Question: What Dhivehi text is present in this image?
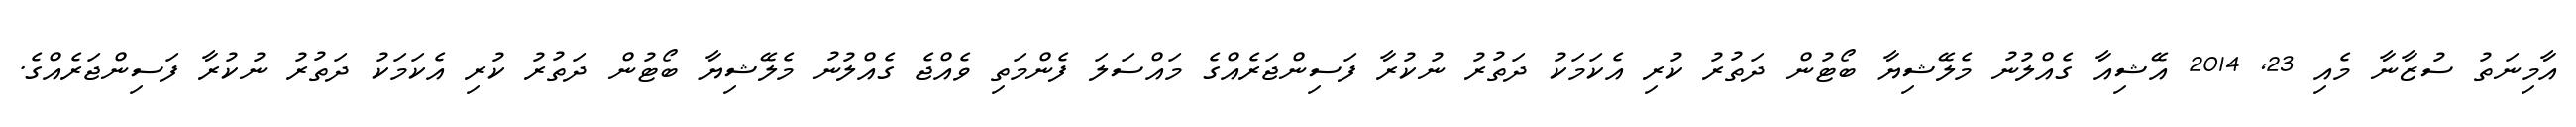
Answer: އާމިނަތު ސުޒާނާ މެއި 23, 2014 އޭޝިއާ ގެއްލުނު މެލޭޝިޔާ ބޯޓުން ދަތުރު ކުރި އެކަމަކު ދަތުރު ނުކުރާ ފަސިންޖަރެއްގެ މައްސަލަ ފެންމަތި ވެއްޖެ ގެއްލުނު މެލޭޝިޔާ ބޯޓުން ދަތުރު ކުރި އެކަމަކު ދަތުރު ނުކުރާ ފަސިންޖަރެއްގެ.